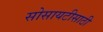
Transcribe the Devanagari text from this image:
सोसायटीसाठी